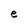
Character: e